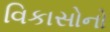
વિકાસોનો